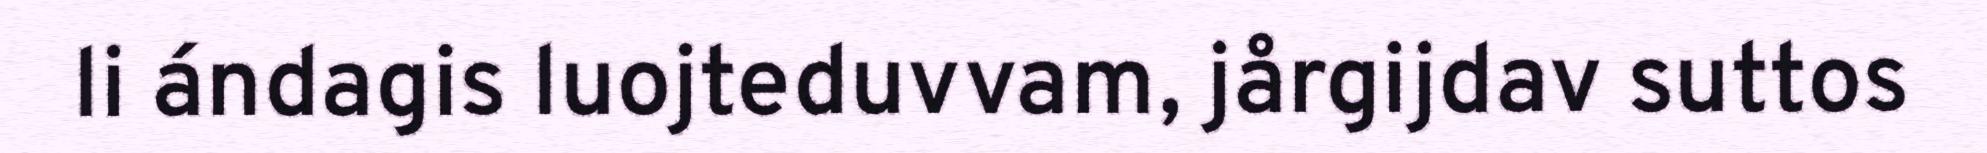
li ándagis luojteduvvam, jårgijdav suttos